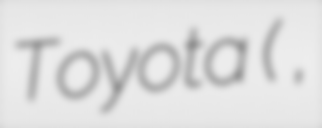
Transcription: Toyota (豊田 泰久,